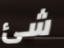
شئ